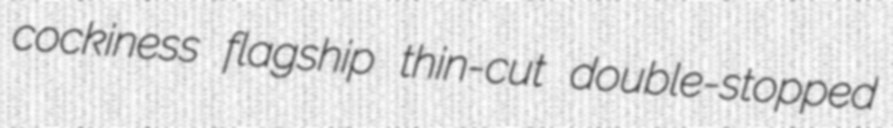
cockiness flagship thin-cut double-stopped